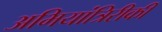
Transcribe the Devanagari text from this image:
अभियांत्रिरीकी